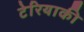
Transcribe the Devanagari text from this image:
टेरियाकी